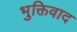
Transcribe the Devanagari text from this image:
भुक्तिवाद